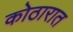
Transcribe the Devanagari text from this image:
कोठारात